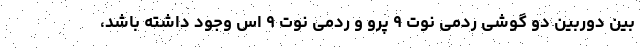
بین دوربین دو گوشی ردمی نوت ۹ پرو و ردمی نوت ۹ اس وجود داشته باشد،